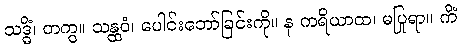
သဒ္ဓိံ၊ တကွ။ သန္ထဝံ၊ ပေါင်းဘော်ခြင်းကို။ န ကရိယာထ၊ မပြုရာ။ ကိံ